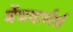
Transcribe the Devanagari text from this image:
बेंचवार्मर्स